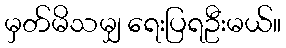
မှတ်မိသမျှ ရေးပြရဦးမယ်။